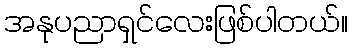
အနုပညာရှင်လေးဖြစ်ပါတယ်။